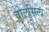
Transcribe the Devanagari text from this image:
वोलुसिला